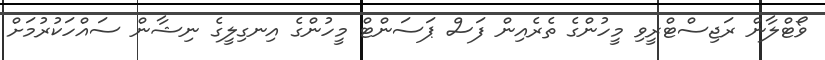
ވޯޓްލާން ރަޖިސްޓްރީވި މީހުންގެ ތެރެއިން ފަސް ޕަސަންޓް މީހުންގެ އިނގިލީގެ ނިޝާން ސައްހަކުރުމަށް